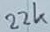
Text: 22k